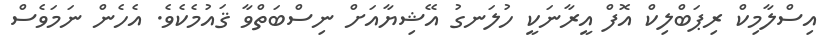
އިސްލާމިކް ރިޕަބްލިކް އޮފް އީރާނަކީ ހުލަނގު އޭޝިޔާއަށް ނިސްބަތްވާ ޤައުމެކެވެ. އެހެން ނަމަވެސް